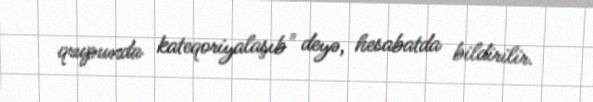
qrupunda kateqoriyalaşıb" deyə, hesabatda bildirilir.